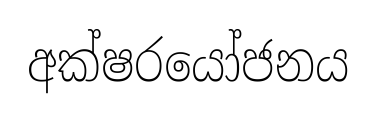
අක්ෂරයෝජනය